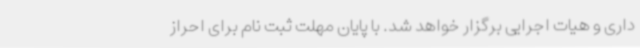
داری و هیات اجرایی برگزار خواهد شد. با پایان مهلت ثبت نام برای احراز